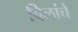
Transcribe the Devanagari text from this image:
बिलांचे